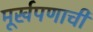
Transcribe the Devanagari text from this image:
मूर्खपणाची